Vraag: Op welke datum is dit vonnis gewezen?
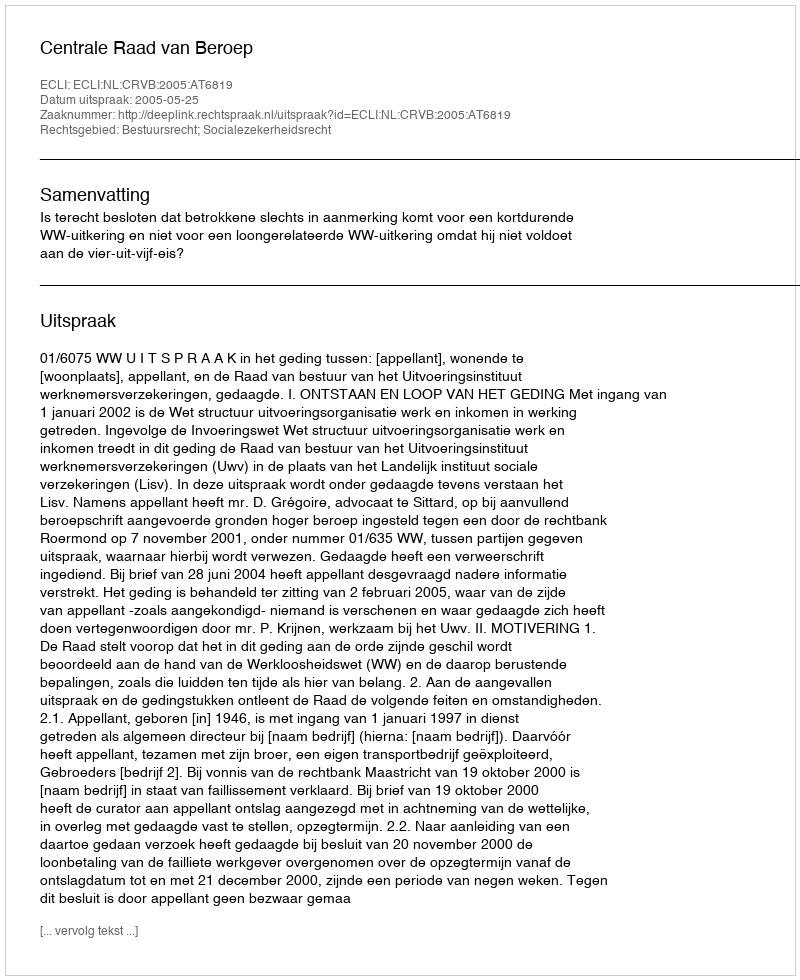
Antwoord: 2005-05-25